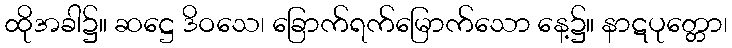
ထိုအခါ၌။ ဆဋ္ဌေ ဒိဝသေ၊ ခြောက်ရက်မြောက်သော နေ့၌။ နာဋပုတ္တော၊